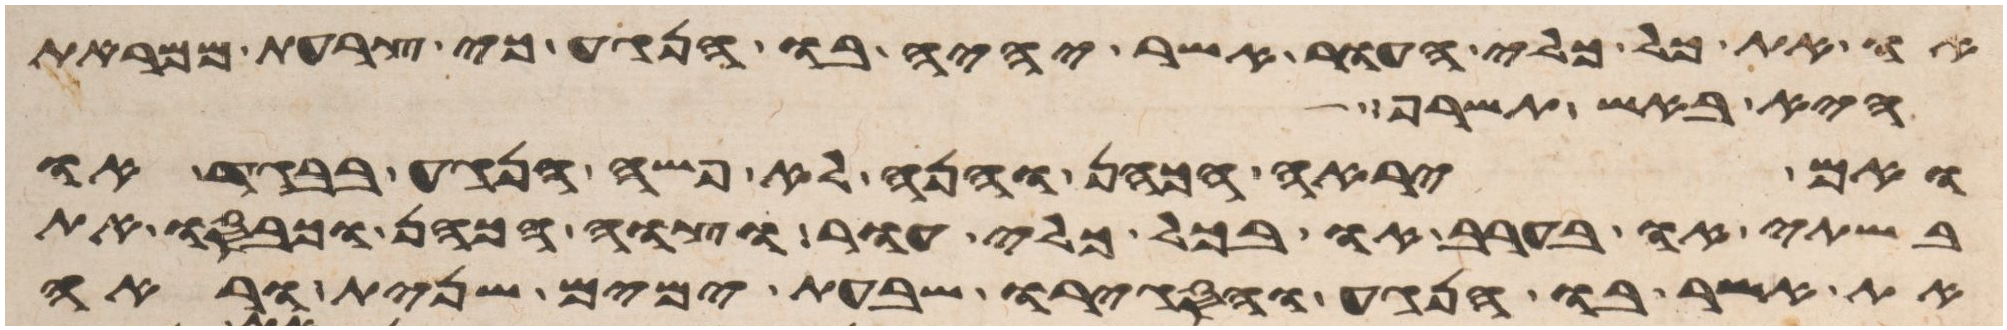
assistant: או את כל כלי העור אשר יהיה בו הנגע כי צרעת ממראת
היא באש תשרף
ואם יראה הכהן והנה לא פשה הנגע בבגד או
בשתי או בערב או בכל כלי עור וצוה הכהן וכבסו את
את אשר בו הנגע והסגירו שבעת ימים שנית וראה